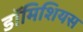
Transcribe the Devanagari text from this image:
डॉमिशियस